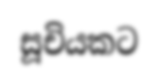
සූචියකට